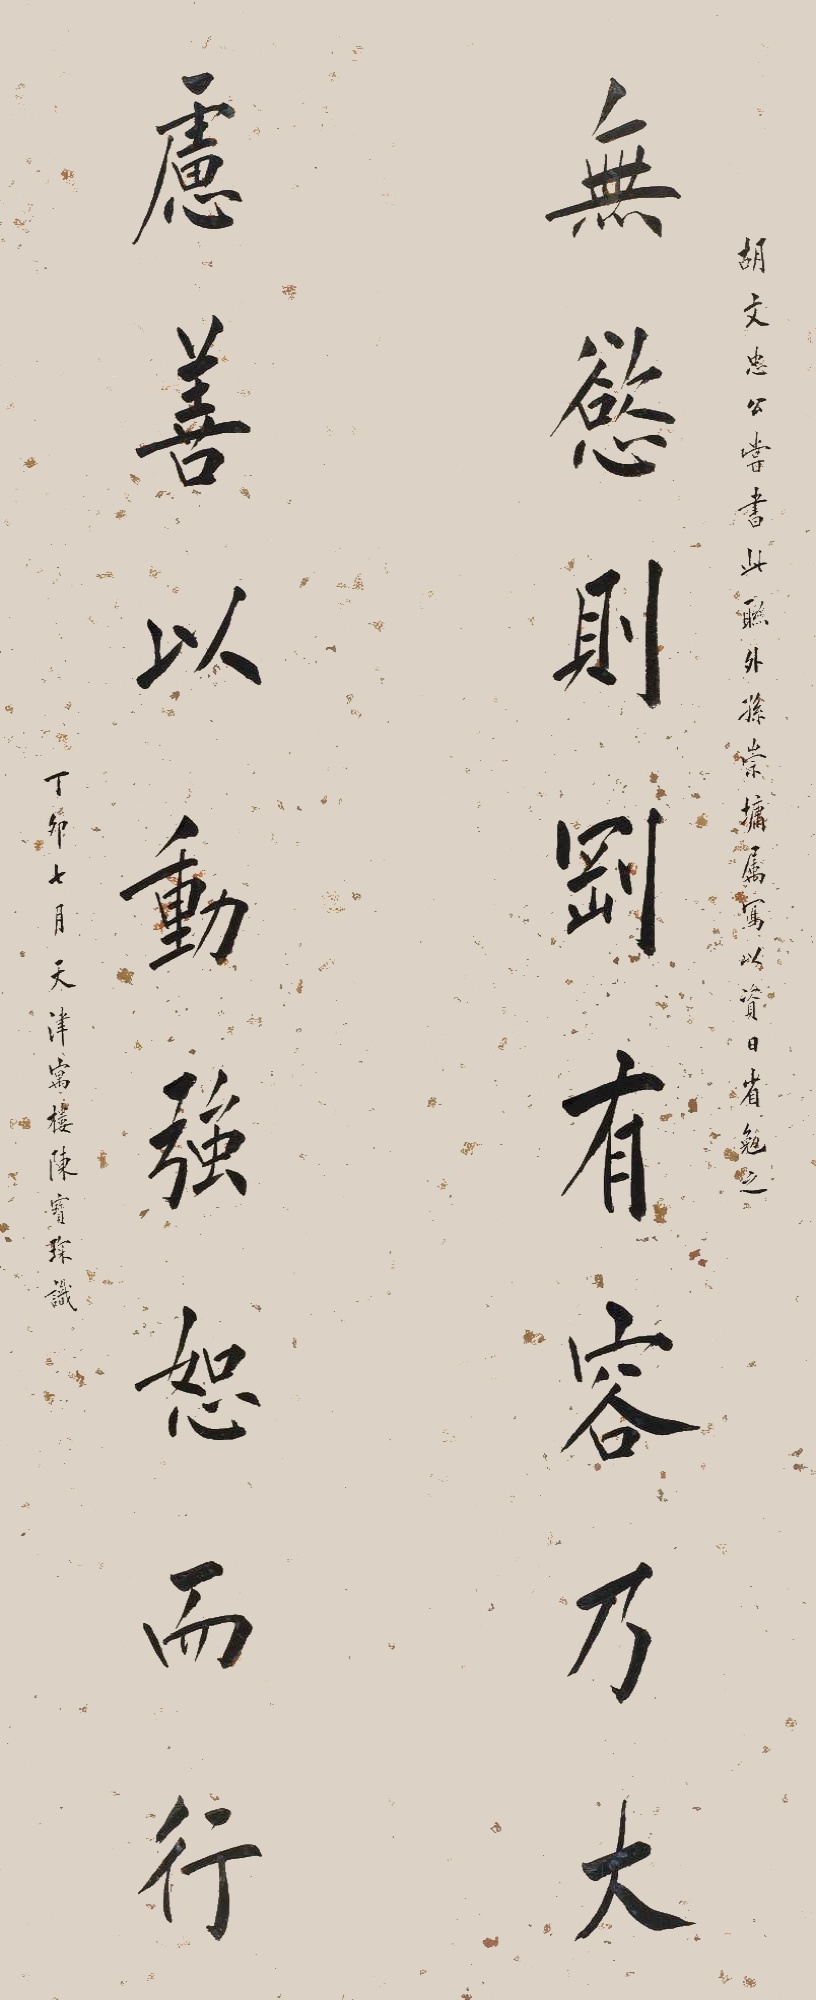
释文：无欲则刚有容乃大，虑善以动强恕而行。胡文忠公尝书此联，外孙崇墉属写，以资日省勉之，丁卯七月，天津寓楼陈宝琛识。